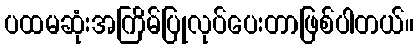
ပထမဆုံးအကြိမ်ပြုလုပ်ပေးတာဖြစ်ပါတယ်။